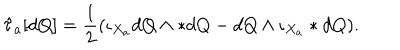
\hat { \tau } _ { a } [ d Q ] = \frac { 1 } { 2 } ( \iota _ { X _ { a } } d Q \wedge * d Q - d Q \wedge \iota _ { X _ { a } } * d Q ) .